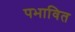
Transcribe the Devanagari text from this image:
पभावित